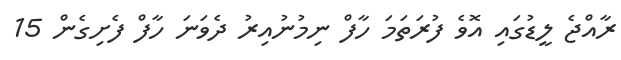
ރާއްޖެ ލީޑުގައި އޮވެ ފުރަތަމަ ހާފް ނިމުނުއިރު ދެވަނަ ހާފް ފެށިގެން 15